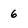
Character: 6